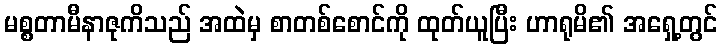
မစ္စတာမီနာဇုကိသည် အထဲမှ စာတစ်စောင်ကို ထုတ်ယူပြီး ဟာရုမိ၏ အရှေ့တွင်